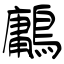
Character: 鷛